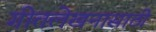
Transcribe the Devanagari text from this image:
गीतलेखनासाठी